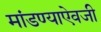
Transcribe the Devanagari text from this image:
मांडण्याऐवजी